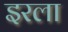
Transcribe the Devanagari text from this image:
इरला